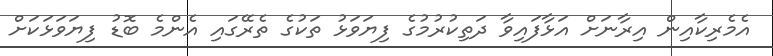
އެމެރިކާއިން އިރާނަށް އަޅާފައިވާ ދަތިކުރުމުގެ ފިޔަވަޅު ތަކުގެ ތެރޭގައި އެންމެ ބޮޑު ފިޔަވަޅަކަށް